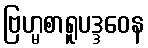
ဗြဟ္မစာရူပဒ္ဒဝေန